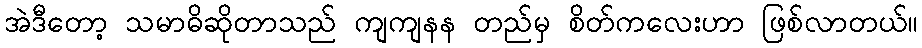
အဲဒီတော့ သမာဓိဆိုတာသည် ကျကျနန တည်မှ စိတ်ကလေးဟာ ဖြစ်လာတယ်။